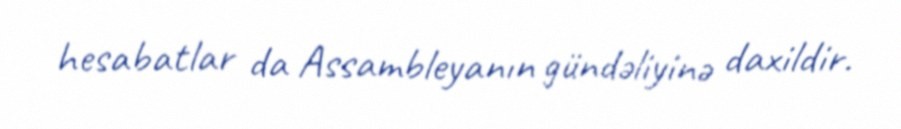
hesabatlar da Assambleyanın gündəliyinə daxildir.